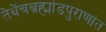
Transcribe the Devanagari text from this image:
तेथेंचब्रह्मांडपुराणांत